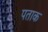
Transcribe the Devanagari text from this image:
पताक